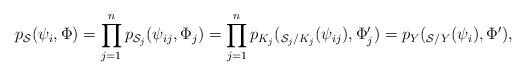
LaTeX: \begin{align*} p_{\mathcal{S}}(\psi_i,\Phi) = \prod_{j=1}^n p_{\mathcal{S}_j}(\psi_{ij},\Phi_j) = \prod_{j=1}^n p_{K_j}(_{\mathcal{S}_j/K_j}(\psi_{ij}), \Phi'_j)=p_Y(_{\mathcal{S}/Y}(\psi_i), \Phi'), \end{align*}